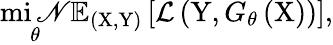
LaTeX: \operatorname*{mi\mathscr{N}}_{\theta}\mathbb{{E}}_{(\mathrm{{X}},\mathrm{{Y}})}\left[\mathcal{{L}}\left(\mathrm{{Y}},G_{\theta}\left(\mathrm{{X}}\right)\right)\right],